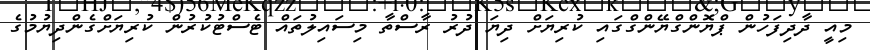
މިއީ ދާދިފަހުން ޕްޔޮންގްޔޭންގްގައި ކުރިޔަށް ދިޔަ ދުރު ރާސްތާ މިސައިލުތައް ޓެސްޓުކުރުން ކުރިޔަށްގެންދިޔުމުގެ